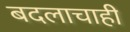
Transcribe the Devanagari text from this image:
बदलाचाही